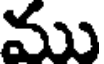
ము